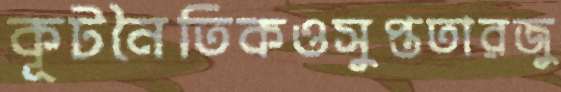
কূটনৈতিকওসুপ্ততারজু